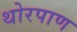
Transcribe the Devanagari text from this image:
थोरपाण